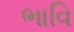
ભાવિ